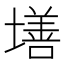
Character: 墡